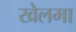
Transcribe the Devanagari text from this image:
खेलमा